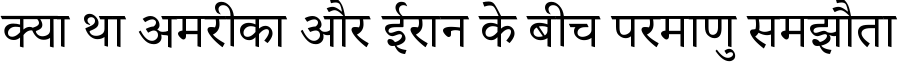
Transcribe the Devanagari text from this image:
क्या था अमरीका और ईरान के बीच परमाणु समझौता